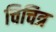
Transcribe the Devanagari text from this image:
चिचित्र